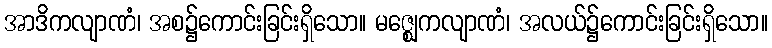
အာဒိကလျာဏံ၊ အစ၌ကောင်းခြင်းရှိသော။ မဇ္ဈေကလျာဏံ၊ အလယ်၌ကောင်းခြင်းရှိသော။